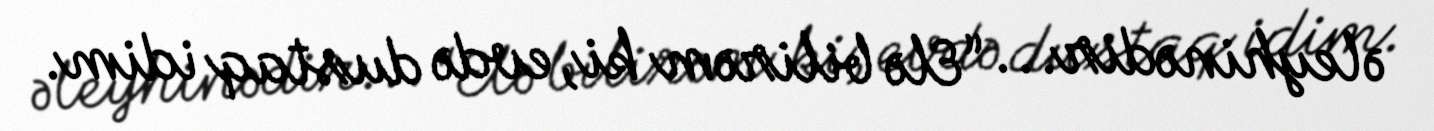
əleyhinədir... “Elə bilirəm ki, evdə dustaq idim.